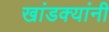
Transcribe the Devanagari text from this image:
खांडक्यांनी